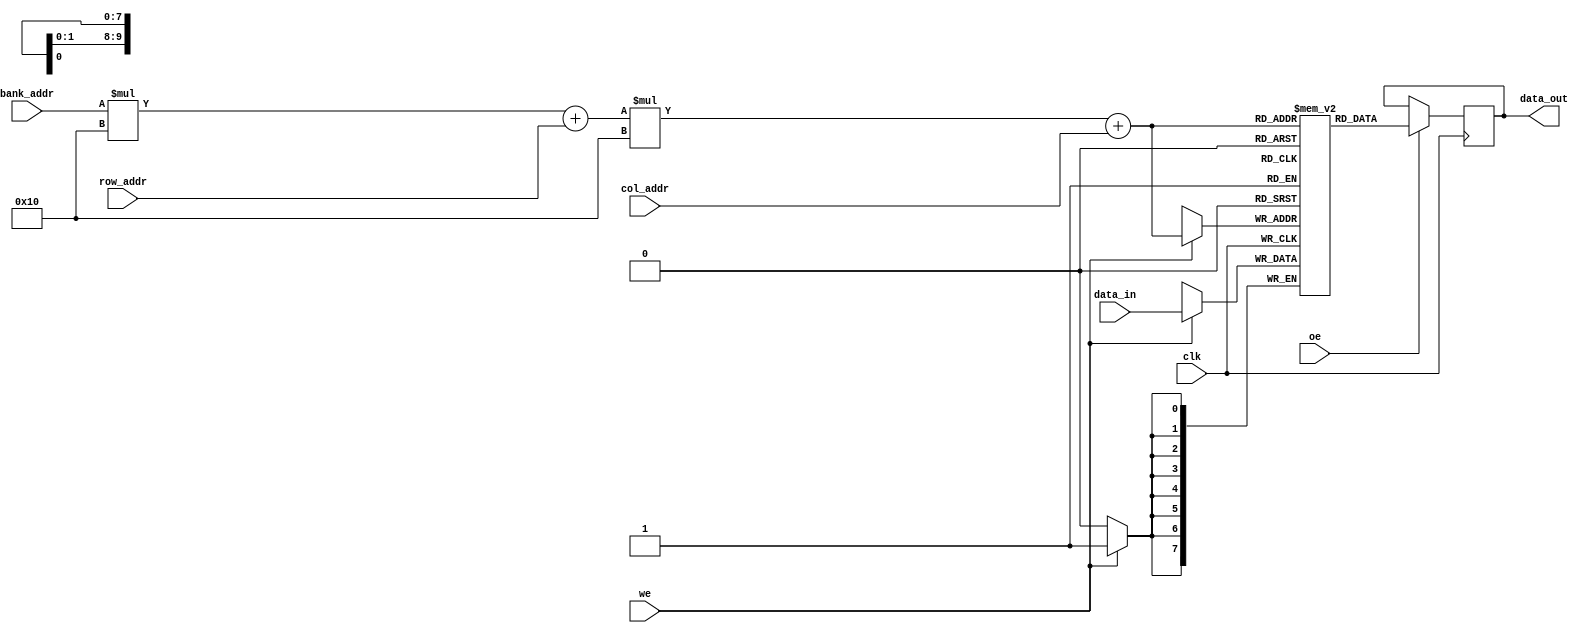
module MultiBankSRAM #(
    parameter N_BANKS = 4,        // Number of banks
    parameter ROWS = 16,           // Number of rows per bank
    parameter COLS = 16            // Number of columns per bank
)(
    input  wire                 clk,       // Clock signal
    input  wire                 we,        // Write Enable
    input  wire                 oe,        // Output Enable
    input  wire [log2(N_BANKS)-1:0] bank_addr, // Bank address
    input  wire [log2(ROWS)-1:0] row_addr,     // Row address
    input  wire [log2(COLS)-1:0] col_addr,     // Column address
    input  wire [7:0]           data_in,   // Data input
    output reg [7:0]            data_out    // Data output
);

    // Memory Declaration: N_BANKS banks of ROWS x COLS memory cells
    reg [7:0] memory [0:N_BANKS-1][0:ROWS-1][0:COLS-1];

    // Address Decoding Logic
    wire [ROWS-1:0] row_sel = row_addr;
    wire [COLS-1:0] col_sel = col_addr;

    // Write Operation
    always @(posedge clk) begin
        if (we) begin
            memory[bank_addr][row_sel][col_sel] <= data_in; // Write to selected cell
        end
    end

    // Read Operation
    always @(posedge clk) begin
        if (oe) begin
            data_out <= memory[bank_addr][row_sel][col_sel]; // Read from selected cell
        end
    end

    // Function to calculate log2 (not synthesizable, for simulation purposes only)
    function integer log2;
        input integer value;
        begin
            log2 = 0;
            while (2**log2 < value) begin
                log2 = log2 + 1;
            end
        end
    endfunction

endmodule